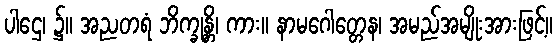
ပါဌေ၊ ၌။ အညတရံ ဘိက္ခုန္တိ၊ ကား။ နာမဂေါတ္တေန၊ အမည်အမျိုးအားဖြင့်။